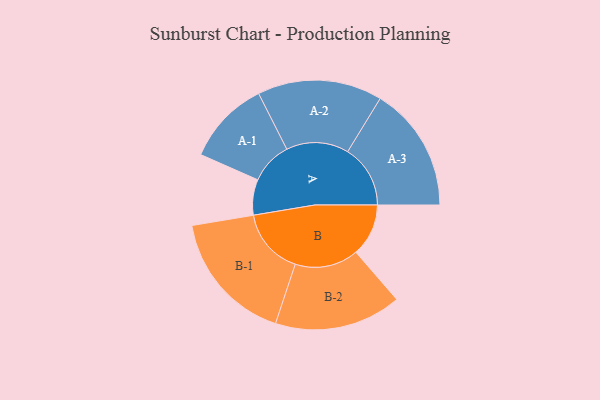
{"axis": {"x": "Segment", "y": "Value"}, "legend": ["", "A", "B"], "data": [{"x": "A", "y": 130, "type": ""}, {"x": "B", "y": 192, "type": ""}, {"x": "A-1", "y": 154, "type": "A"}, {"x": "A-2", "y": 228, "type": "A"}, {"x": "A-3", "y": 229, "type": "A"}, {"x": "B-1", "y": 243, "type": "B"}, {"x": "B-2", "y": 232, "type": "B"}]}